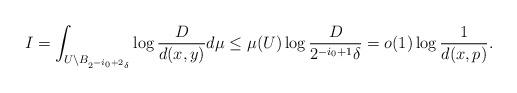
LaTeX: \begin{align*}I = \int_{U\setminus B_{2^{-i_0+2}\delta}} \log\frac D{d(x, y)} d\mu \leq \mu(U) \log \frac D{2^{-i_0 +1}\delta} = o(1)\log\frac 1{d(x, p)} .\end{align*}